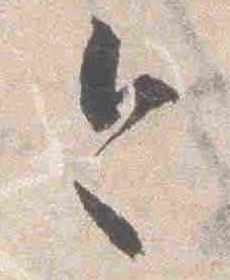
今